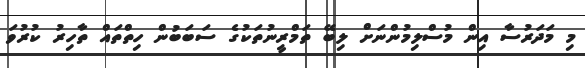
މި މަދަރުސާ އިން މުސްލިމުންނަށް ލިބޭ ތަމްރީނުތަކުގެ ސަބަބުން ހިތްތައް ތާހިރު ކުރުވަ